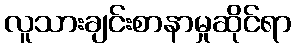
လူသားချင်းစာနာမှုဆိုင်ရာ